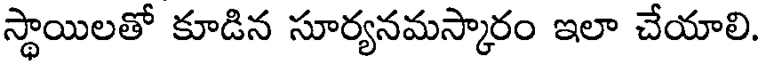
స్థాయిలతో కూడిన సూర్యనమస్కారం ఇలా చేయాలి.